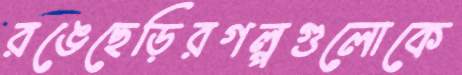
রঙেছেড়িরগল্পগুলোকে